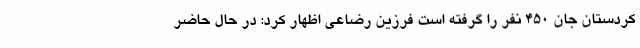
کردستان جان 450 نفر را گرفته است فرزین رضاعی اظهار کرد: در حال حاضر